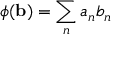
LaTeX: \phi ( \mathbf { b } ) = \sum _ { n } a _ { n } b _ { n }